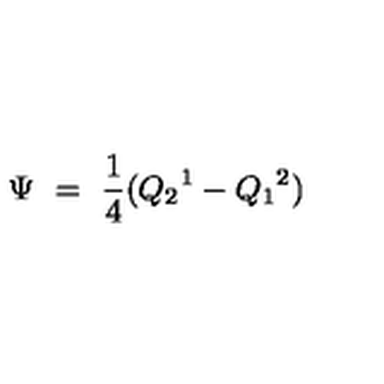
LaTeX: \Psi \ = \ \frac { 1 } { 4 } ( { Q _ { 2 } } ^ { 1 } - { Q _ { 1 } } ^ { 2 } )